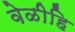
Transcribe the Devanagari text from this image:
वेळीहि